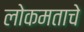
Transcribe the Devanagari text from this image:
लोकमताचे